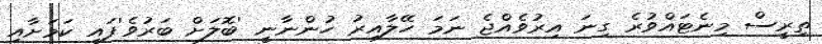
ތިރީސް މިނެޓައްވުރެ ގިނަ އިރުވެއްޖެ ނަމަ ހޭލާއިރު ހުންނާނީ 'ބޮލަށް ބަރުވެ'ފައި ކަމަށާއި